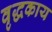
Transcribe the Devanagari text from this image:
वृद्धकाय